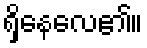
ရှိနေလေ၏။